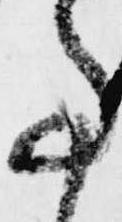
事